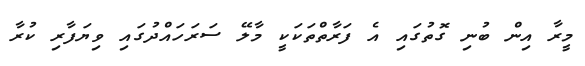
މީރާ އިން ބުނި ގޮތުގައި އެ ފަރާތްތަކަކީ މާލޭ ސަރަހައްދުގައި ވިޔަފާރި ކުރާ